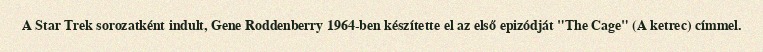
A Star Trek sorozatként indult, Gene Roddenberry 1964-ben készítette el az első epizódját "The Cage" (A ketrec) címmel.